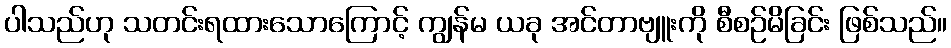
ပါသည်ဟု သတင်းရထားသောကြောင့် ကျွန်မ ယခု အင်တာဗျူးကို စီစဉ်မိခြင်း ဖြစ်သည်။